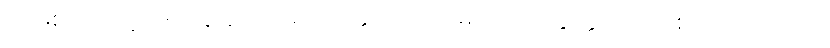
အဖြစ်ကြောင့်လျှင်။ န ပူရတိ၊ မပြည့်နိုင်။ ဧကမေကာယ ဣတ္ထိယာ၊ တစ်ယောက်သော